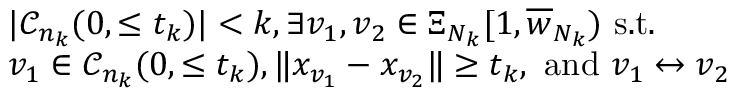
\begin{array} { r l } & { | { \mathcal C } _ { n _ { k } } ( 0 , \le t _ { k } ) | < k , \exists v _ { 1 } , v _ { 2 } \in \Xi _ { N _ { k } } [ 1 , \overline { { w } } _ { N _ { k } } ) \mathrm { ~ s . t . ~ } } \\ & { v _ { 1 } \in { \mathcal C } _ { n _ { k } } ( 0 , \le t _ { k } ) , \| x _ { v _ { 1 } } - x _ { v _ { 2 } } \| \ge t _ { k } , \mathrm { ~ a n d ~ } v _ { 1 } \leftrightarrow v _ { 2 } } \end{array}